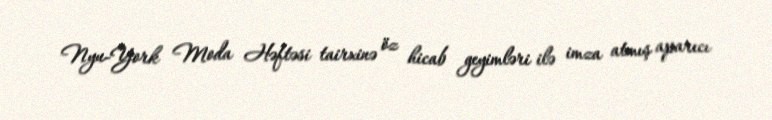
Nyu-York Moda Həftəsi tairxinə öz hicab geyimləri ilə imza atmış aparıcı